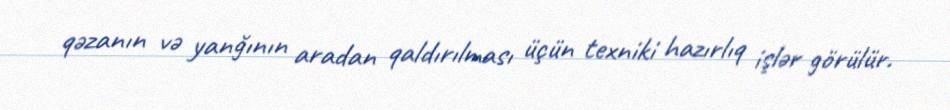
qəzanın və yanğının aradan qaldırılması üçün texniki hazırlıq işlər görülür.